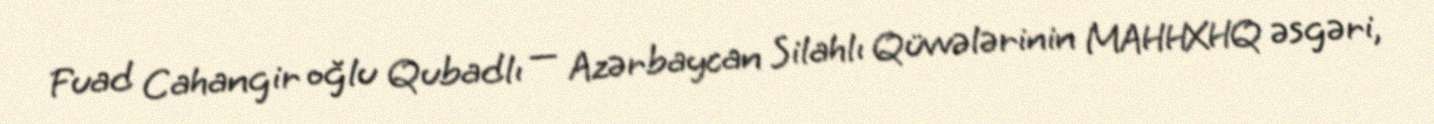
Fuad Cahangir oğlu Qubadlı — Azərbaycan Silahlı Qüvvələrinin MAHHXHQ əsgəri,